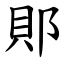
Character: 郥